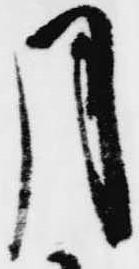
月